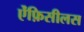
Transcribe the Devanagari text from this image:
ऐंफ़िसीलस